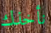
نأخذك